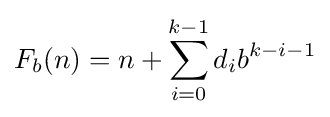
F_{b}(n)=n+\sum _{i=0}^{k-1}d_{i}b^{k-i-1}